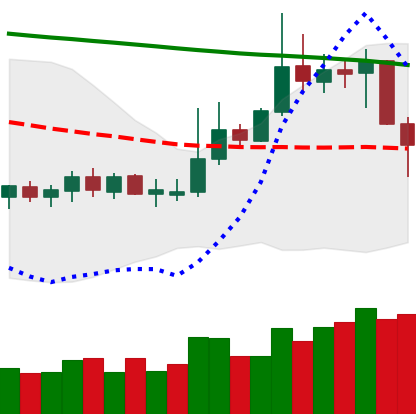
Ticker: DOGE-USD
Chart end date: 2019-10-23
Forward return: 6.052%
Label: up_5_7